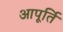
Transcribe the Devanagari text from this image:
आपूर्ति